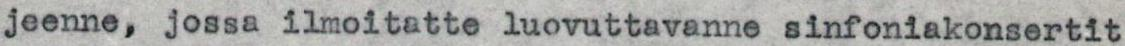
jeenne, jossa ilmoitatte luovuttavanne sinfoniakonsertit